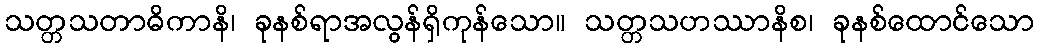
သတ္တသတာဓိကာနိ၊ ခုနစ်ရာအလွန်ရှိကုန်သော။ သတ္တသဟဿာနိစ၊ ခုနစ်ထောင်သော